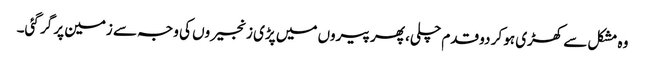
وہ مشکل سے کھڑی ہو کر دو قدم چلی، پھر پیروں میں پڑی زنجیروں کی وجہ سے زمین پر گر گئی۔